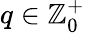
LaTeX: q\in\mathbb{Z}_{0}^{+}